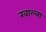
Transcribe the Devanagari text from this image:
खाल्‍ला